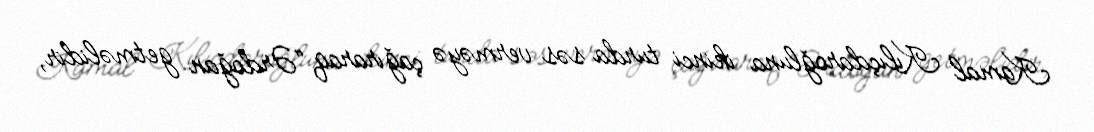
Kamal Kılıçdaroğluna ikinci turda səs verməyə çağıraraq “Ərdoğan getməlidir,